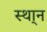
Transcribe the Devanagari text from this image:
स्था्न